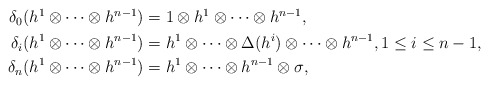
\begin{align*}\begin{aligned}\delta_{0}(h^1 \otimes \cdots \otimes h^{n-1} )&=1\otimes h^1 \otimes \cdots \otimes h^{n-1}, \\\delta_{i}(h^1 \otimes \cdots \otimes h^{n-1} )&= h^1 \otimes \cdots\otimes \Delta (h^i) \otimes \cdots \otimes h^{n-1}, 1 \le i \le n-1,\\\delta_{n}(h^1 \otimes \cdots \otimes h^{n-1} )&=h^1 \otimes \cdots \otimes h^{n-1} \otimes \sigma^{} ,\end{aligned}\end{align*}